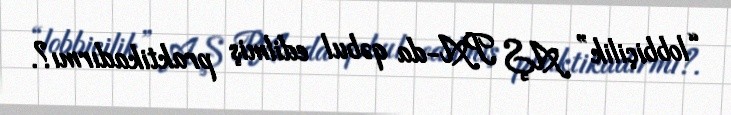
“lobbiçilik” AŞ PA-da qəbul edilmiş praktikadırmı?.